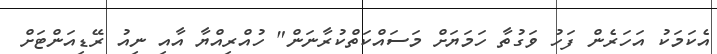
އެކަމަކު އަހަރެން ފަހު ވަގުތާ ހަމަޔަށް މަސައްކަތްކުރާނަން" ހުއްރިއްޔާ އާއި ނިއު ރޭޑިއަންޓަށް